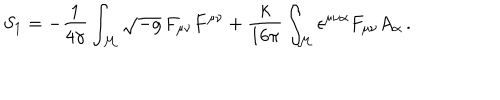
LaTeX: S _ { 1 } = - \frac { 1 } { 4 \gamma } \int _ { \cal M } \sqrt { - g } \, F _ { \mu \nu } F ^ { \mu \nu } + \frac { k } { 1 6 \pi } \int _ { \cal M } \epsilon ^ { \mu \nu \alpha } F _ { \mu \nu } A _ { \alpha } \, .